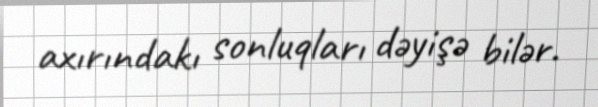
axırındakı sonluqları dəyişə bilər.